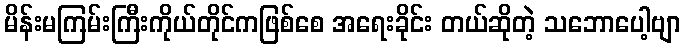
မိန်းမကြမ်းကြီးကိုယ်တိုင်ကဖြစ်စေ အရေးခိုင်း တယ်ဆိုတဲ့ သဘောပေါ့ဗျာ